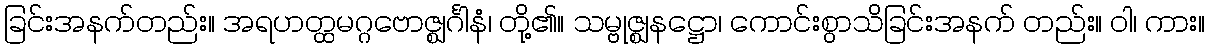
ခြင်းအနက်တည်း။ အရဟတ္ထမဂ္ဂဗောဇ္ဈင်္ဂါနံ၊ တို့၏။ သမ္ဗုဇ္ဈနဋ္ဌော၊ ကောင်းစွာသိခြင်းအနက် တည်း။ ဝါ၊ ကား။